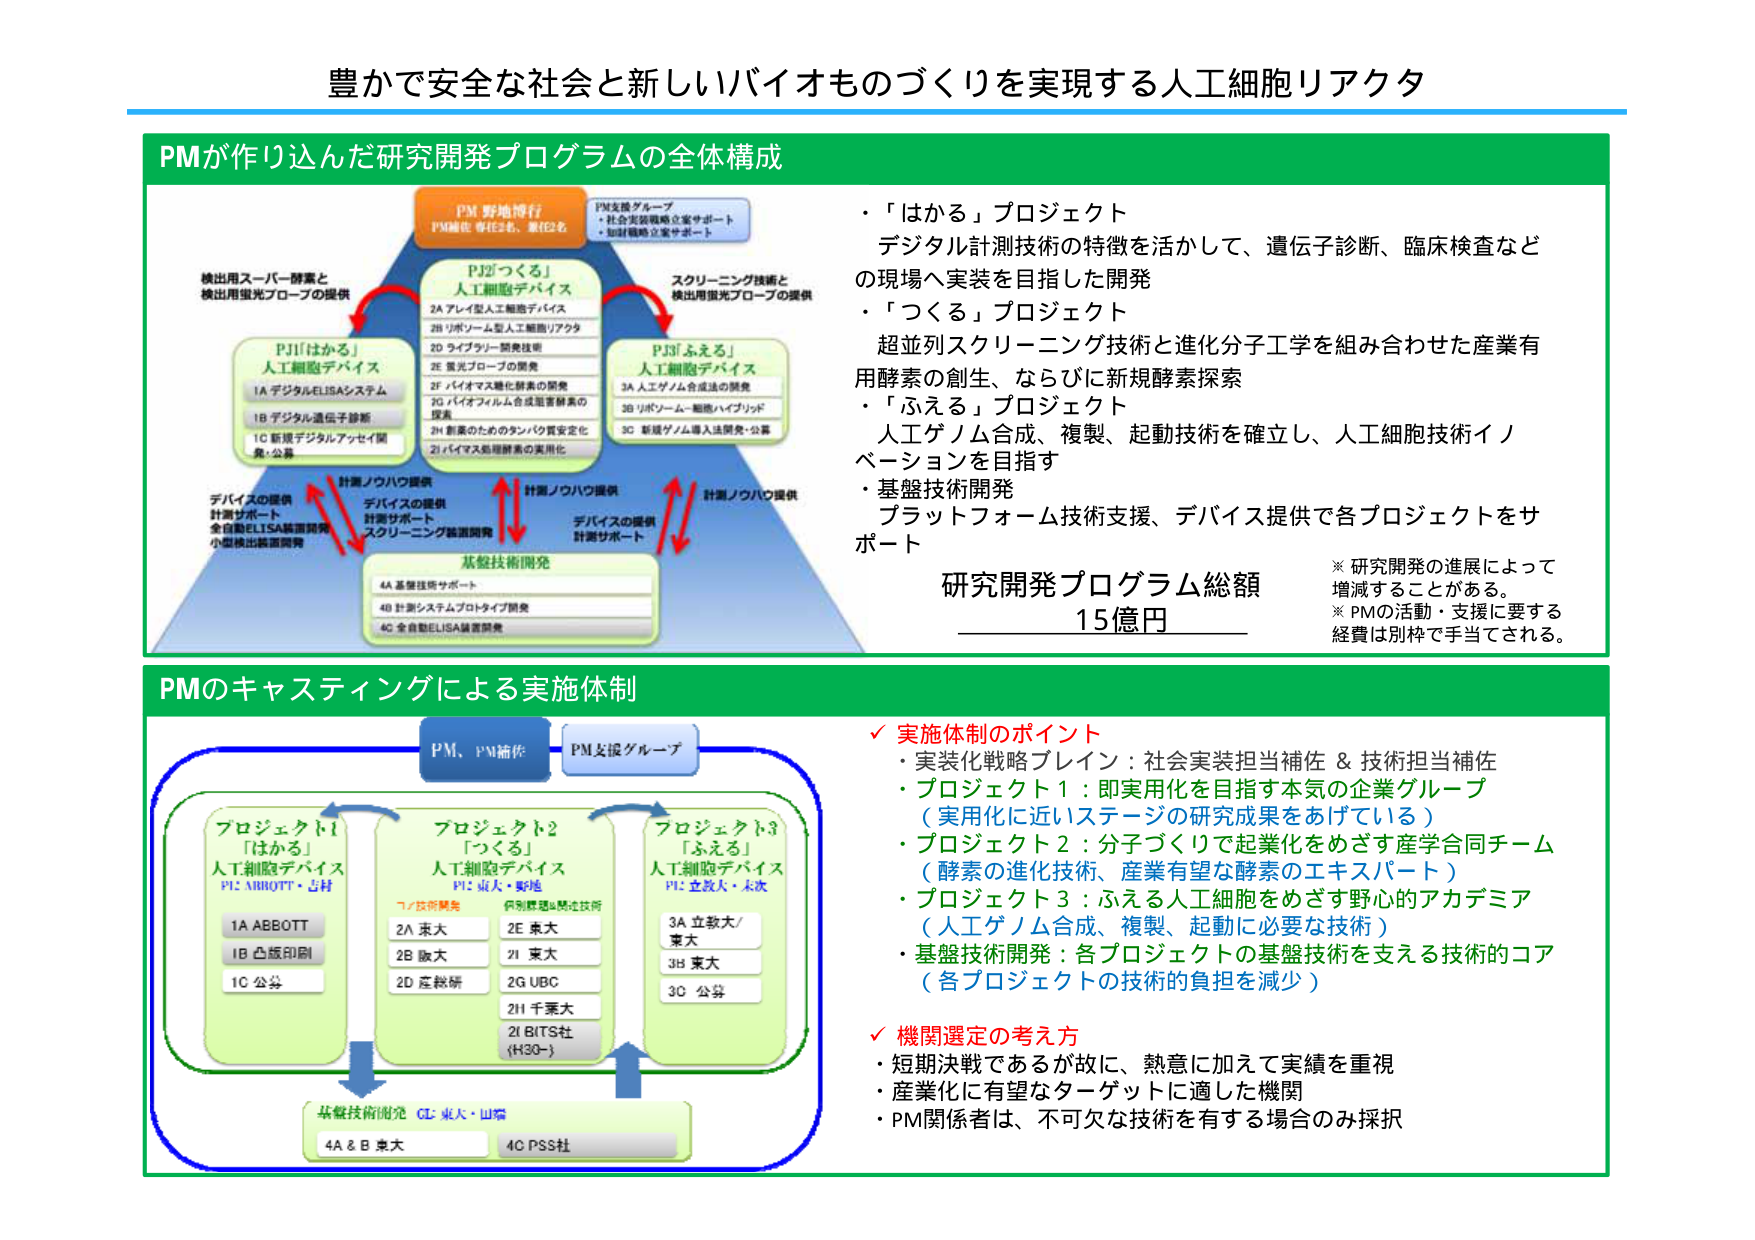
豊かで安全な社会と新しいバイオものづくりを実現する人工細胞リアクタ

PMが作り込んだ研究開発プログラムの全体構成

PM 野地博行
PM補佐 専任3名、兼任2名

PM支援グループ
・社会実装戦略立案サポート
・知財戦略立案サポート

PJ1「はかる」
人工細胞デバイス
1A デジタルELISAシステム
1B デジタル遺伝子診断
1C 新規デジタルアッセイ開発・公募

PJ2「つくる」
人工細胞デバイス
2A アレイ型人工細胞デバイス
2B リポソーム型人工細胞リアクタ
2D ライブラリー開発技術
2E 蛍光プローブの開発
2F バイオマス硬化酵素の開発
2G バイオポリメル合成阻害酵素の開発
2H 創薬のためのタンパク質安定化
2I バイオマス処理酵素の実用化

PJ3「ふえる」
人工細胞デバイス
3A 人工ゲノム合成法の開発
3B リポソーム－細胞ハイブリッド
3C 新規ゲノム導入法開発・公募

検出用スーパー酵素と
検出用蛍光プローブの提供

スクリーニング技術と
検出用蛍光プローブの提供

デバイスの提供
計測サポート
全自動ELISA装置開発
小型検出装置開発

計測ノウハウ提供

デバイスの提供
計測サポート
スクリーニング装置開発

計測ノウハウ提供

デバイスの提供
計測サポート

計測ノウハウ提供

基盤技術開発
4A 基盤技術サポート
4B 計測システムプロトタイプ開発
4C 全自動ELISA装置開発

・「はかる」プロジェクト
デジタル計測技術の特徴を活かして、遺伝子診断、臨床検査など
の現場へ実装を目指した開発

・「つくる」プロジェクト
超並列スクリーニング技術と進化分子工学を組み合わせた産業有
用酵素の創生、ならびに新規酵素探索

・「ふえる」プロジェクト
人工ゲノム合成、複製、起動技術を確立し、人工細胞技術イノ
ベーションを目指す

・基盤技術開発
プラットフォーム技術支援、デバイス提供で各プロジェクトをサ
ポート

研究開発プログラム総額
15億円

※ 研究開発の進展によって
増減することがある。
※ PMの活動・支援に要する
経費は別枠で手当てされる。

PMのキャスティングによる実施体制

PM、PM補佐
PM支援グループ

プロジェクト1
「はかる」
人工細胞デバイス
PI: ABBOTT・吉村
1A ABBOTT
1B 凸版印刷
1C 公募

プロジェクト2
「つくる」
人工細胞デバイス
PI: 東大・駒場
7/技術開発
2A 東大
2B 阪大
2D 産総研
2E 東大
2I 東大
2G UBC
2H 千葉大
2I BITS社
(H30~)

プロジェクト3
「ふえる」
人工細胞デバイス
PI: 立教大・永次
3A 立教大/東大
3B 東大
3C 公募

基盤技術開発
CL: 東大・山端
4A & B 東大
4C PSS社

✓ 実施体制のポイント
・実装化戦略ブレイン：社会実装担当補佐 & 技術担当補佐
・プロジェクト1：即実用化を目指す本気の企業グループ
（実用化に近いステージの研究成果をあげている）
・プロジェクト2：分子づくりで起業化をめざす産学合同チーム
（酵素の進化技術、産業有望な酵素のエキスパート）
・プロジェクト3：ふえる人工細胞をめざす野心的アカデミア
（人工ゲノム合成、複製、起動に必要な技術）
・基盤技術開発：各プロジェクトの基盤技術を支える技術的コア
（各プロジェクトの技術的負担を減少）

✓ 機関選定の考え方
・短期決戦であるが故に、熱意に加えて実績を重視
・産業化に有望なターゲットに適した機関
・PM関係者は、不可欠な技術を有する場合のみ採択